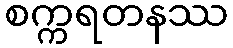
စက္ကရတနဿ